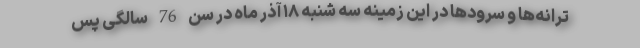
ترانه‌ها و سرودها در این زمینه سه شنبه ۱۸ آذر ماه در سن 76 سالگی پس